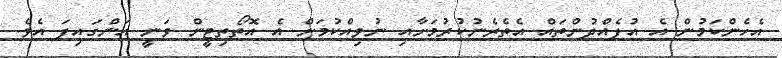
އެހެންކަމުން އެ އުފެއްދުންތައް އެތެރެނުކުރުމަށާއި ނުވިއްކުމަށް އެ އޮތޯތިޓީން ވަނީ އަންގައިފަ އެވެ.